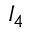
I _ { 4 }